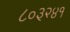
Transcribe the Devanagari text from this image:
८०३२४१